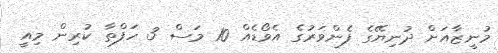
މުނީޒާއަށް ދުނިޔޭގެ ފެންވަރުގެ އެވޯޑެއް 10 މަސް 3 ހަފްތާ ކުރިން މިއީ